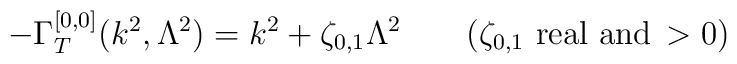
-\Gamma^{[0,0]}_{T} (k^{2}, \Lambda^{2}) = k^{2} + \zeta_{0,1}\Lambda^{2} \qquad (\zeta_{0,1} \, \, {\rm{real \, \, and}} \, > 0)